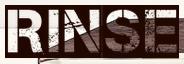
RINSE